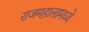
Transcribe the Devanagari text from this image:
राजमहालामध्ये